Lunatic asylums United Provinces 1909-1921 - 1909-1921
Year: 1909
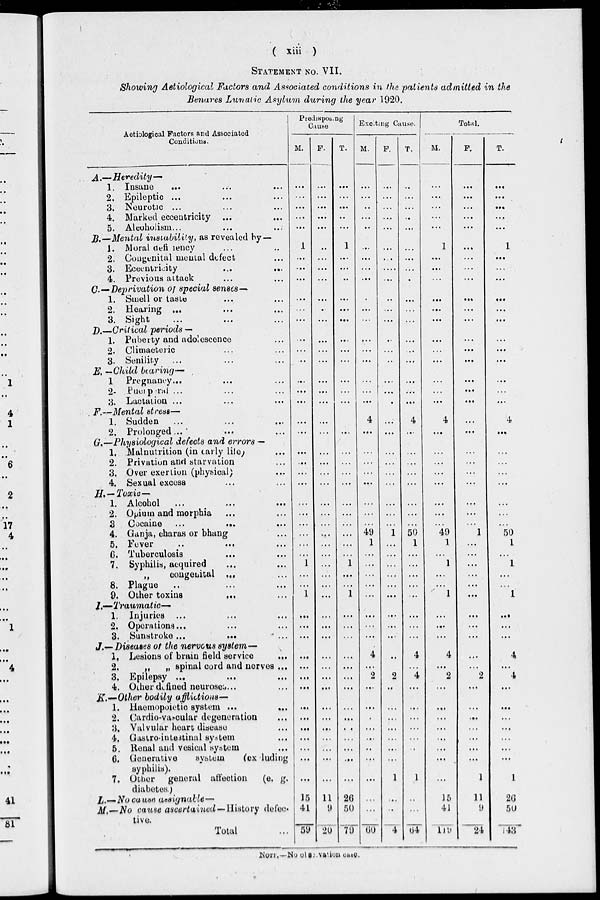
( xiii )
STATEMENT NO. VII.
Showing Aetiological Factors and Associated conditions in the patients admitted in the
Benares Lunatic Asylum during the year 1920.
Aetiological Factors and Associated
Conditions.
A.—Heredity—
1. Insane
... ... ...
2. Epileptic ... ... ...
3. Neurotic ... ... ...
4. Marked eccentricity ... ...
5. Alcoholism ... ... ...
B.—Mental instability, as revealed by —
1. Moral deficiency ... ...
2. Congenital mental defect ...
3. Eccentricity
...
...
4. Previous attack ... ...
C.—Deprivation of special senses—
1. Smell or taste ... ...
2. Hearing ... ... ...
3. Sight ... ... ...
D.—Critical periods —
1. Puberty and adolescence ...
2. Climacteric ... ...
3. Senility ... ... ...
E. —Child bearing—
1. Pregnancy ... ... ...
2.
Puerperal ... ... ...
3. Lactation ... ... ...
F.—Mental stress—
1. Sudden
...
...
...
2. Prolonged ... ... ...
G.—Physiological defects and errors —
1. Malnutrition (in carly lite) ...
2. Privation and starvation ...
3. Over exertion (physical) ...
4. Sexual excess ... ...
H.—Toxic—
1. Alcohol ... ... ...
2.Opium and morphia ... ...
3. Cocaine ...
...
...
4. Ganja, charas or bhang ...
5.Fever
... ... ...
6.Tuberculosis ... ...
7.Syphilis, acquired ... ...
„
congenital ... ...
8.Plague ... ... ...
9.Other toxins
...
...
I.—Traumatic—
1.Injuries ... ... ...
2.Operations ... ... ...
3.Sunstroke ...
...
...
J.— Diseases of the nervous system—
1. Lesions of brain field service
...
2.
„
„ spinal cord and nerves ...
3. Epilepsy ... ... ...
4. Other defined neuroses ... ...
K.—Other bodily afflictions—
1. Haemopoietic system ...
...
2. Cardio-vascular degeneration ...
3. Valvular heart disease ...
4. Gastro-intestinal system ...
5. Renal and vesical system ...
6. Generative
system
(excluding
syphilis).
7. Other general affection
(e, g.
diabetes.)
L.—No cause assignable—
M.— No cause ascertained—History
defec-
tive.
Total ...
Predisposing
Cause
M.
...
...
...
...
...
1
...
...
...
...
...
...
...
...
...
...
...
...
...
...
...
...
...
...
...
...
...
...
...
...
1
...
...
1
...
...
...
...
...
...
...
...
...
...
...
...
...
...
15
41
59
F.
...
...
...
...
...
..
...
...
...
...
...
...
...
...
...
...
...
...
...
...
...
...
...
...
...
...
...
...
...
...
...
...
...
...
...
...
...
...
...
...
...
...
...
...
...
...
...
...
11
9
20
T.
...
...
...
...
...
1
...
...
...
...
...
...
...
...
...
...
...
...
...
...
...
...
...
...
...
...
...
...
...
...
1
...
...
1
...
...
...
...
...
...
...
...
...
...
...
...
...
...
26
50
79
Exciting Cause.
M.
...
...
...
...
...
...
...
...
...
...
...
...
...
...
...
...
...
...
4
...
...
...
...
...
...
...
...
49
1
...
...
...
...
...
...
...
...
4
...
2
...
...
...
...
...
...
...
...
...
...
60
F.
...
...
...
...
...
...
...
...
...
...
...
...
...
...
...
...
...
...
...
...
...
...
...
...
...
...
...
1
...
...
...
...
...
...
...
...
...
...
...
2
...
...
...
...
...
...
...
1
...
...
4
T.
...
...
...
...
...
...
...
...
...
...
...
...
...
...
...
...
...
...
4
...
...
...
...
...
...
...
...
50
1
...
...
...
...
...
...
...
...
4
...
4
...
...
...
...
...
...
1
...
...
64
Total.
M.
...
...
...
...
...
1
...
...
...
...
...
...
...
...
...
...
...
...
4
...
...
...
...
...
...
...
...
49
1
...
1
...
...
1
...
...
...
4
...
2
...
...
...
...
...
...
...
...
15
41
119
F.
...
...
...
...
...
...
...
...
...
...
...
...
...
...
...
...
...
...
...
....
...
...
...
...
...
...
...
1
...
...
...
...
...
...
...
...
...
...
...
2
...
...
...
...
...
...
...
1
11
9
24
T.
...
...
...
...
...
1
...
...
...
...
...
...
...
...
...
...
...
...
4
...
...
...
...
...
...
...
...
50
1
...
1
...
...
1
...
...
...
4
...
4
...
...
...
...
...
...
...
1
26
50
143
NOTE.—No observation case.